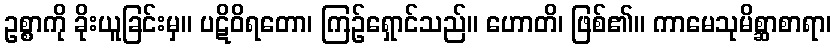
ဥစ္စာကို ခိုးယူခြင်းမှ။ ပဋိဝိရတော၊ ကြဉ်ရှောင်သည်။ ဟောတိ၊ ဖြစ်၏။ ကာမေသုမိစ္ဆာစာရာ၊